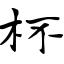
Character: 杯